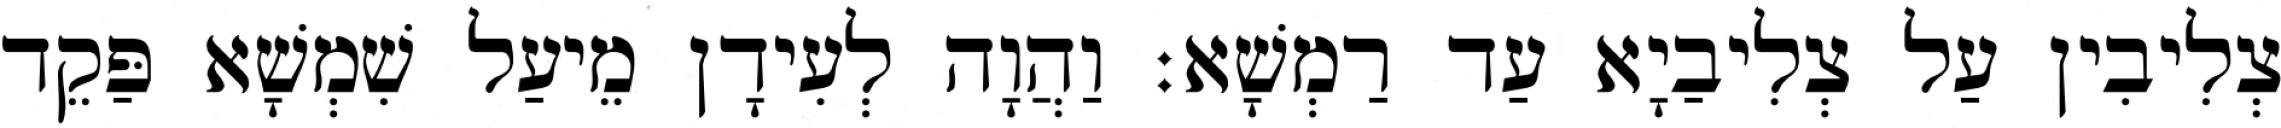
צְלִיבִין עַל צְלִיבַיָא עַד רַמְשָׁא׃ וַהֲוָה לְעִידָן מֵיעַל שִׁמְשָׁא פַּקֵד